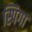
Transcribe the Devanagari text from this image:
स्पिगा